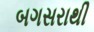
બગસરાથી